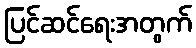
ပြင်ဆင်ရေးအတွက်